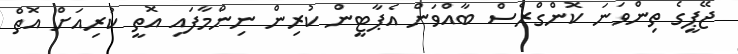
ޖޭޕީގެ ތިންވަނަ ކޮންގްރެސް ބާއްވަން އެޕާޓީން ކުރިން ނިންމާފައި އޮތީ ކުރިއަށް އޮތް